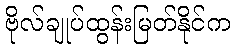
ဗိုလ်ချုပ်ထွန်းမြတ်နိုင်က